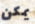
يمكن